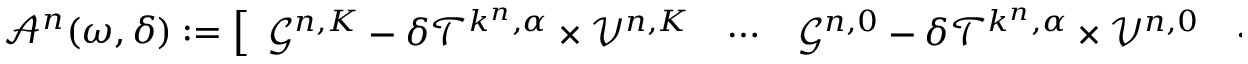
\begin{array} { r } { \mathcal { A } ^ { n } ( \omega , \delta ) : = \left[ \begin{array} { l l l l l } { \mathcal { G } ^ { n , K } - \delta \mathcal { T } ^ { k ^ { n } , \alpha } \times \mathcal { V } ^ { n , K } } & { \cdots } & { \mathcal { G } ^ { n , 0 } - \delta \mathcal { T } ^ { k ^ { n } , \alpha } \times \mathcal { V } ^ { n , 0 } } & { \cdots } & { \mathcal { G } ^ { n , - K } - \delta \mathcal { T } ^ { k ^ { n } , \alpha } \times \mathcal { V } ^ { n , - K } } \end{array} \right] , } \end{array}